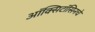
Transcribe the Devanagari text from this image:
ऑक्सिटॉसिनचे